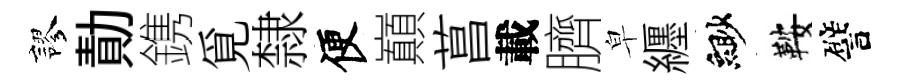
謬勣鎸覓隸便巔菖載臍皁纒緲鞍譬